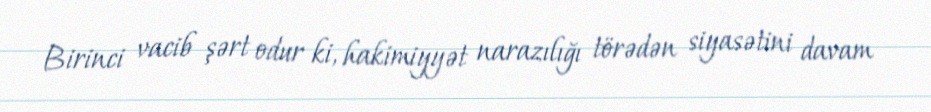
Birinci vacib şərt odur ki, hakimiyyət narazılığı törədən siyasətini davam